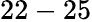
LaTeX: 22-25